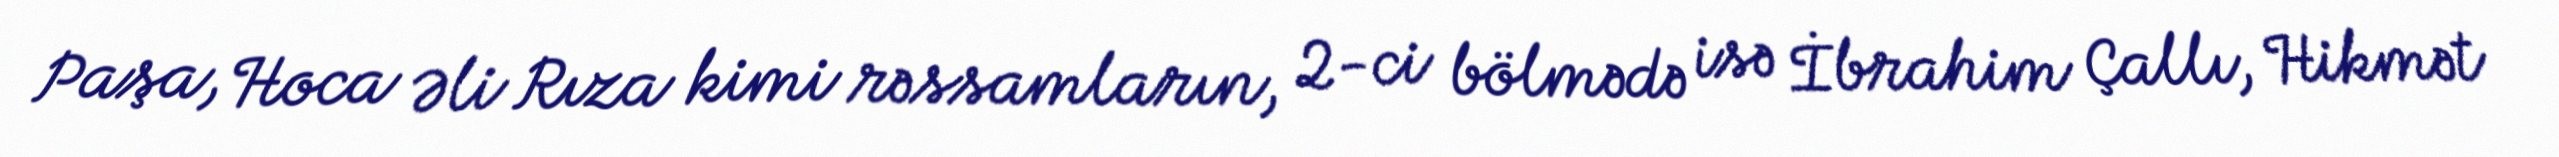
Paşa, Hoca Əli Rıza kimi rəssamların, 2-ci bölmədə isə İbrahim Çallı, Hikmət